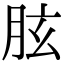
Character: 胘